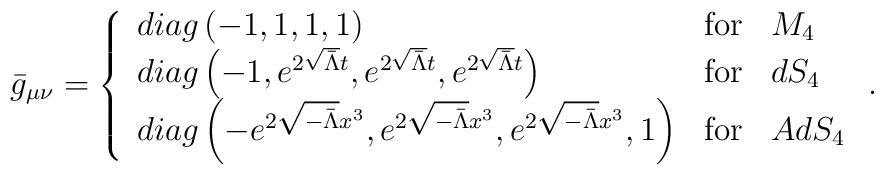
\bar{g}_{\mu\nu} = \left\{ \begin{array}{l l l}diag\left( -1,1,1,1\right) & \mbox{for} &  M_4 \\diag\left( -1, e^{2\sqrt{\bar{\Lambda}}t} , e^{2\sqrt{\bar{\Lambda}}t},e^{2\sqrt{\bar{\Lambda}}t}\right) & \mbox{for} & dS_4 \\diag\left(-e^{2\sqrt{-\bar{\Lambda}}x^3} ,  e^{2\sqrt{-\bar{\Lambda}}x^3} , e^{2\sqrt{-\bar{\Lambda}}x^3} ,1\right) & \mbox{for} & AdS_4\end{array} \right. .